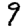
Digit: 9